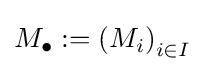
M_{\bullet }:=\left(M_{i}\right)_{i\in I}